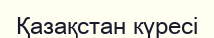
Қазақстан күресі